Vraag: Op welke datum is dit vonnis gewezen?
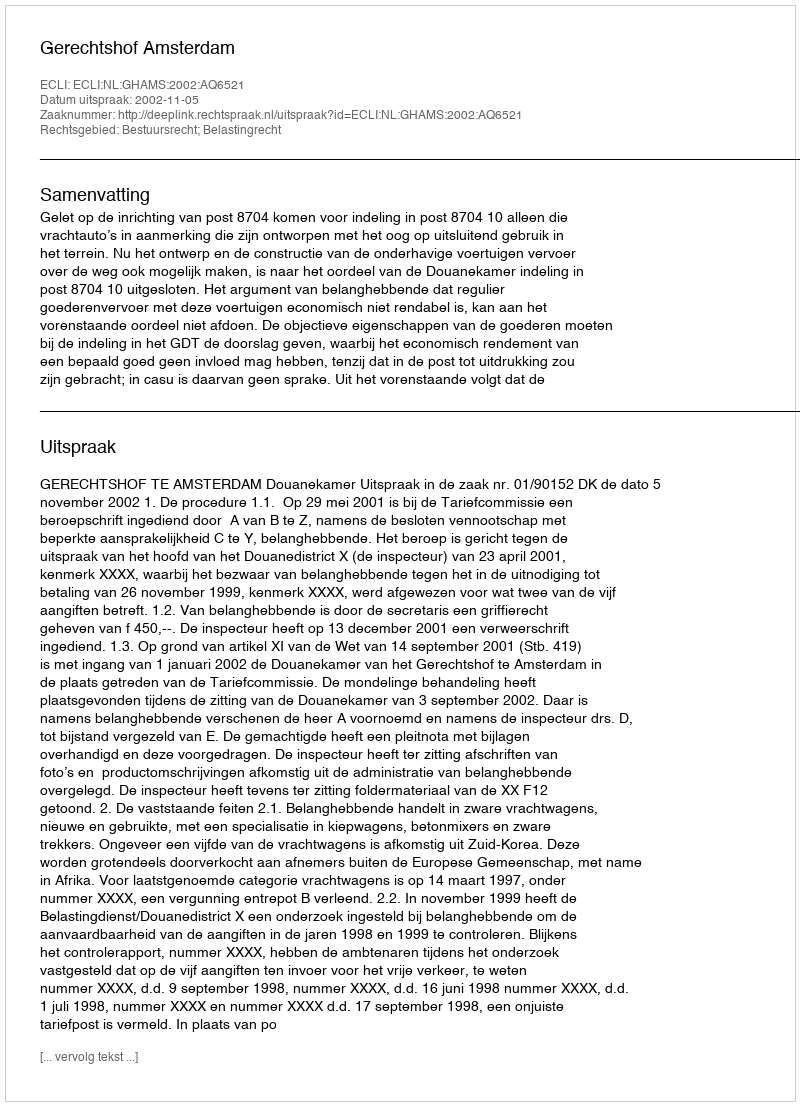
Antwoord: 2002-11-05